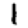
Digit: 1